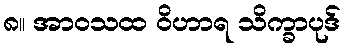
၈။ အာဝသထ ဝိဟာရ သိက္ခာပုဒ်